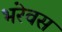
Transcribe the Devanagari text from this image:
भरेवस